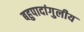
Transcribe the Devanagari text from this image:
बहुपादांगुलीय